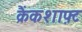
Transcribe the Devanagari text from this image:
क्रैंकशाफ़्ट